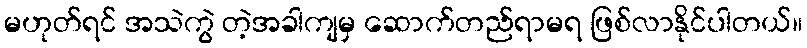
မဟုတ်ရင် အသဲကွဲ တဲ့အခါကျမှ ဆောက်တည်ရာမရ ဖြစ်လာနိုင်ပါတယ်။